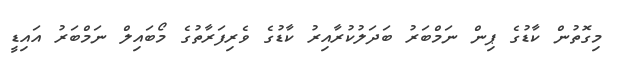
މިގޮތުން ކާޑުގެ ޕިން ނަމްބަރު ބަދަލުކުރާއިރު ކާޑުގެ ވެރިފަރާތުގެ މޯބައިލް ނަމްބަރު އައިޑީ